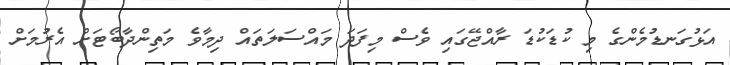
އަޅުގަނޑުމެންގެ މި ކުޑަކުޑަ ރާއްޖޭގައި ވެސް މިފަދަ މައްސަލަތައް ދިމާވެ މަތިންދާބޯޓަށް އެރުމަށް